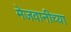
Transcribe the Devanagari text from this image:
मेजवानीच्या